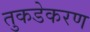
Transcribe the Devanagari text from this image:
तुकडेकरण